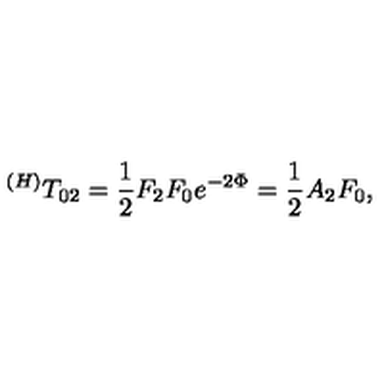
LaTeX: ^ { ( H ) } T _ { 0 2 } = \frac 1 2 F _ { 2 } F _ { 0 } e ^ { - 2 \Phi } = \frac 1 2 A _ { 2 } F _ { 0 } ,